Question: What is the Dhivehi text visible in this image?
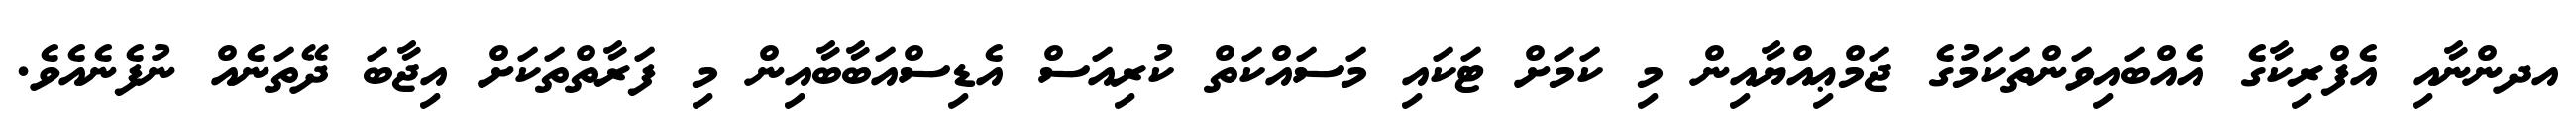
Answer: އދންނާއި އެފްރިކާގެ އެއްބައިވަންތަކަމުގެ ޖަމްޢިއްޔާއިން މި ކަމަށް ޓަކައި މަސައްކަތް ކުރިއަސް އެޑިސްއަބާބާއިން މި ފަރާތްތަކަށް އިޖާބަ ދޭތަނެއް ނުފެނެއެވެ.